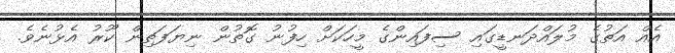
އެއް އަތުގެ މުލައްދަނޑީގައި ސިފައިންގެ މީހަކަށް ހިފުނު ގޮތުން ނިޔަފަތިން ކޫރު އެޅުނެވެ.